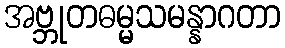
အဗ္ဘုတဓမ္မသမန္နာဂတာ